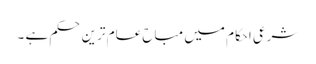
شرعی احکام میں مباح عام ترین حکم ہے ۔